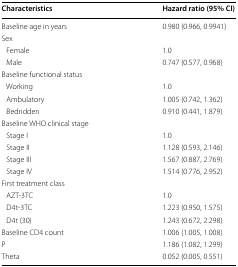
<table><thead><tr><td><b>Characteristics</b></td><td><b>Hazard ratio (95% CI)</b></td></tr></thead><tbody><tr><td>Baseline age in years</td><td>0.980 (0.966, 0.9941)</td></tr><tr><td colspan="2">Sex</td></tr><tr><td> Female</td><td>1.0</td></tr><tr><td> Male</td><td>0.747 (0.577, 0.968)</td></tr><tr><td colspan="2">Baseline functional status</td></tr><tr><td> Working</td><td>1.0</td></tr><tr><td> Ambulatory</td><td>1.005 (0.742, 1.362)</td></tr><tr><td> Bedridden</td><td>0.910 (0.441, 1.879)</td></tr><tr><td colspan="2">Baseline WHO clinical stage</td></tr><tr><td> Stage I</td><td>1.0</td></tr><tr><td> Stage II</td><td>1.128 (0.593, 2.146)</td></tr><tr><td> Stage III</td><td>1.567 (0.887, 2.769)</td></tr><tr><td> Stage IV</td><td>1.514 (0.776, 2.952)</td></tr><tr><td colspan="2">First treatment class</td></tr><tr><td> AZT-3TC</td><td>1.0</td></tr><tr><td> D4t-3TC</td><td>1.223 (0.950, 1.575)</td></tr><tr><td> D4t (30)</td><td>1.243 (0.672, 2.298)</td></tr><tr><td>Baseline CD4 count</td><td>1.006 (1.005, 1.008)</td></tr><tr><td>P</td><td>1.186 (1.082, 1.299)</td></tr><tr><td>Theta</td><td>0.052 (0.005, 0.551)</td></tr></tbody></table>